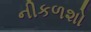
નીકળશો